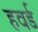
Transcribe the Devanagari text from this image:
हवर्ड